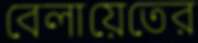
বেলায়েতের